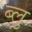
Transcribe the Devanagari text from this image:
ब्‍लु